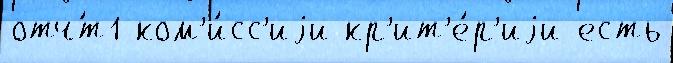
отч́т1 ком'и́сс'иjи кр'ит'е́р'иjи есть